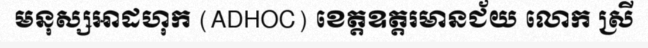
មនុស្សអាដហុក (ADHOC) ខេត្តឧត្តរមានជ័យ លោក ស្រី